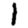
Digit: 1